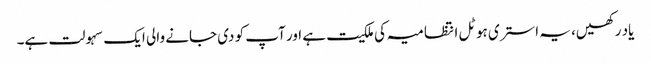
یاد رکھیں، یہ استری ہوٹل انتظامیہ کی ملکیت ہے اور آپ کو دی جانے والی ایک سہولت ہے۔